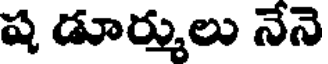
ష డూర్ములు నేనె